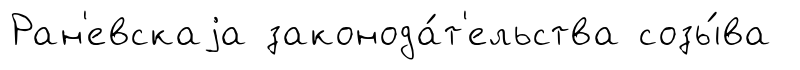
Ран'евскаjа законода́т'ельства созы́ва